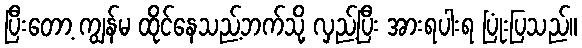
ပြီးတော့ ကျွန်မ ထိုင်နေသည့်ဘက်သို့ လှည့်ပြီး အားရပါးရ ပြုံးပြသည်။